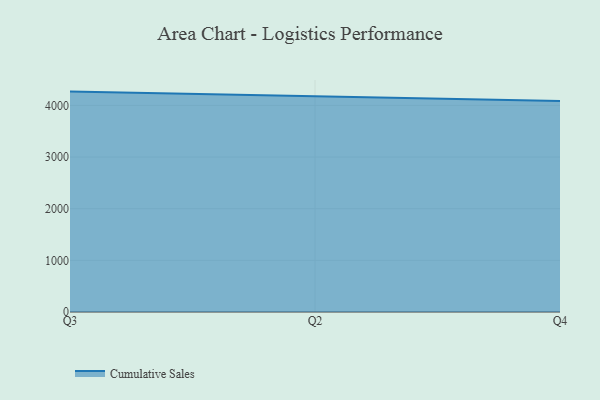
{"axis": {"x": "Quarter", "y": "Shipments"}, "legend": ["Cumulative Sales"], "data": [{"x": "Q3", "y": 4267.5, "type": "Cumulative Sales"}, {"x": "Q2", "y": 4174.4, "type": "Cumulative Sales"}, {"x": "Q4", "y": 4085.0, "type": "Cumulative Sales"}]}